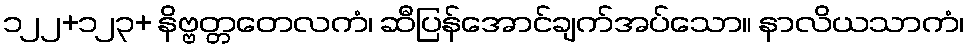
၁၂၂+၁၂၃+ နိဗ္ဗတ္တတေလကံ၊ ဆီပြန်အောင်ချက်အပ်သော။ နာလိယသာကံ၊